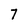
Character: 7